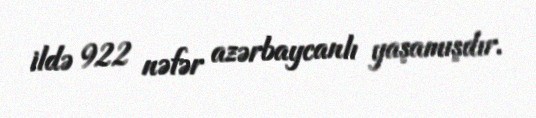
ildə 922 nəfər azərbaycanlı yaşamışdır.